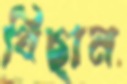
বিছান